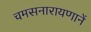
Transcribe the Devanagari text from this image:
चमसनारायणानें